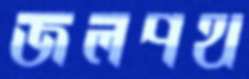
জলপথ